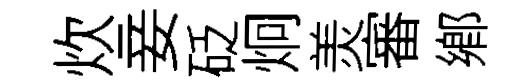
炊妾砭炯羙審鄉